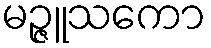
မဉ္ဇူသကော